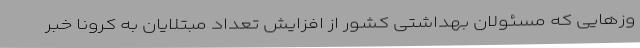
وزهایی که مسئولان بهداشتی کشور از افزایش تعداد مبتلایان به کرونا خبر